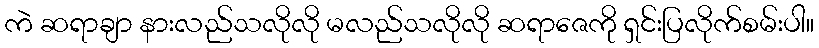
ကဲ ဆရာချာ နားလည်သလိုလို မလည်သလိုလို ဆရာဇေကို ရှင်းပြလိုက်စမ်းပါ။